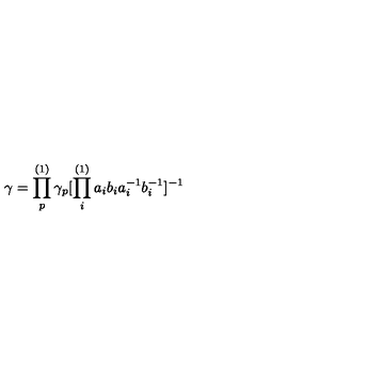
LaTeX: \gamma = \prod _ { p } ^ { ( 1 ) } \gamma _ { p } [ \prod _ { i } ^ { ( 1 ) } a _ { i } b _ { i } a _ { i } ^ { - 1 } b _ { i } ^ { - 1 } ] ^ { - 1 }